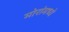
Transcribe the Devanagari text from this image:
मोरांमध्ये